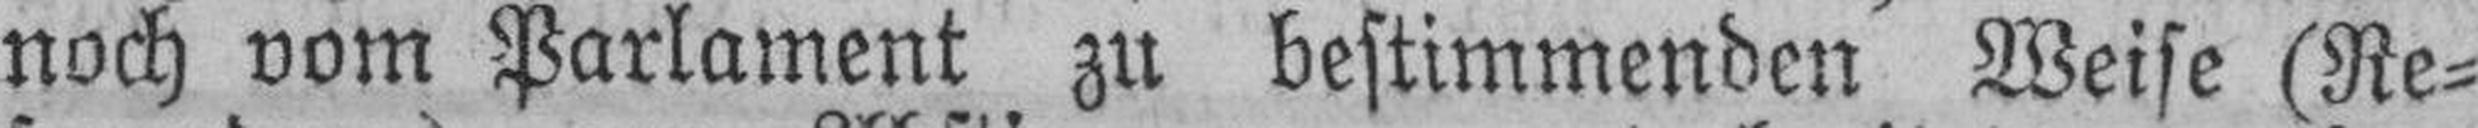
noch vom Parlament zu bestimmenden Weise (Re¬